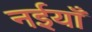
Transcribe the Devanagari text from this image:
नईयाँ